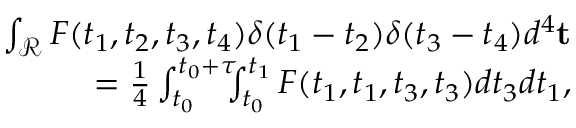
\begin{array} { r } { \int _ { \mathcal { R } } F ( t _ { 1 } , t _ { 2 } , t _ { 3 } , t _ { 4 } ) \delta ( t _ { 1 } - t _ { 2 } ) \delta ( t _ { 3 } - t _ { 4 } ) d ^ { 4 } \mathbf { t } } \\ { = \frac { 1 } { 4 } \int _ { t _ { 0 } } ^ { t _ { 0 } + \tau } \! \! \! \int _ { t _ { 0 } } ^ { t _ { 1 } } F ( t _ { 1 } , t _ { 1 } , t _ { 3 } , t _ { 3 } ) d t _ { 3 } d t _ { 1 } , } \end{array}